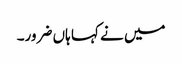
میں نے کہا ہاں ضرور۔